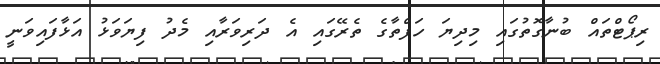
ރިޕޯޓްތައް ބުނާގޮތުގައި މިދިޔަ ހަފްތާގެ ތެރޭގައި އެ ދަރިވަރާއި މެދު ފިޔަވަޅު އަޅާފައިވަނީ